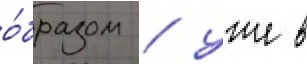
о́бразом / уже в